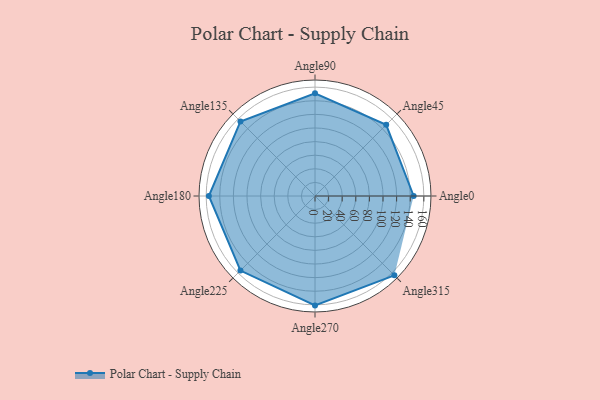
{"axis": {"x": "Angle", "y": "Radius"}, "legend": [""], "data": [{"x": "Angle0", "y": 145.0, "type": ""}, {"x": "Angle45", "y": 148.0, "type": ""}, {"x": "Angle90", "y": 151.0, "type": ""}, {"x": "Angle135", "y": 155.0, "type": ""}, {"x": "Angle180", "y": 156.0, "type": ""}, {"x": "Angle225", "y": 155.0, "type": ""}, {"x": "Angle270", "y": 161.0, "type": ""}, {"x": "Angle315", "y": 165.0, "type": ""}]}